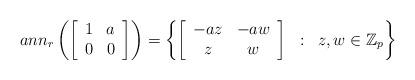
LaTeX: \begin{align*} ann_r\left(\left[\begin{array}{cc}1&a\\0&0\end{array}\right]\right)=\left\{\left[\begin{array}{cc}-a z&-a w\\z&w\end{array}\right]\;\;:\;\;z,w\in\mathbb Z_p\right\}\end{align*}